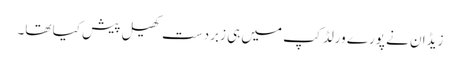
زیڈان نے پورے ورلڈ کپ میں ہی زبردست کھیل پیش کیا تھا۔